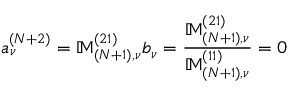
a _ { \nu } ^ { ( N + 2 ) } = \mathbb { M } _ { ( N + 1 ) , \nu } ^ { ( 2 1 ) } b _ { \nu } = \frac { \mathbb { M } _ { ( N + 1 ) , \nu } ^ { ( 2 1 ) } } { \mathbb { M } _ { ( N + 1 ) , \nu } ^ { ( 1 1 ) } } = 0